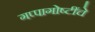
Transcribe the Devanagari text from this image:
गप्पागोष्टींचे